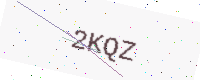
Text: 2KQZ